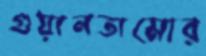
গুয়ানতামোর